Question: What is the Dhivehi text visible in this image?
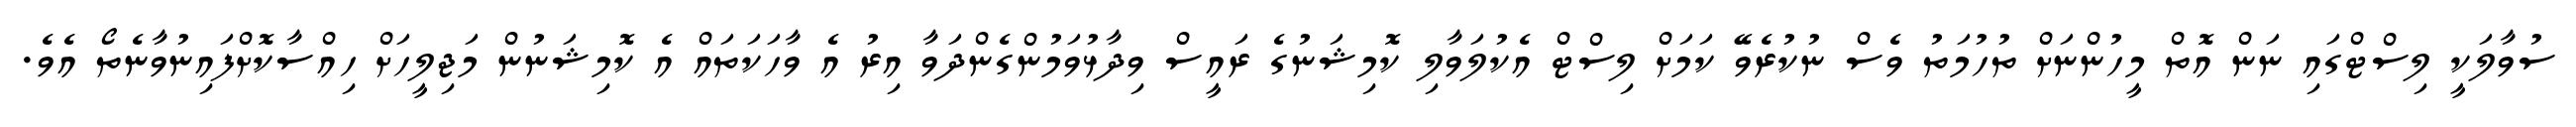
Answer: ސުވާލަކީ ލިސްޓްގައި ނަން އޮތް މީހުންނަށް ތުހުމަތު ވެސް ނުކުރެވޭ ކަމަށް ލިސްޓް އެކުލަވާލި ކޮމިޝަނުގެ ރައީސް ވިދާޅުވަމުންގެންދަވާ އިރު އެ ވާހަކަތައް އެ ކޮމިޝަނުން މަޖިލީހަށް ހިއްސާކޮށްފައިނުވާނެތޯ އެވެ.